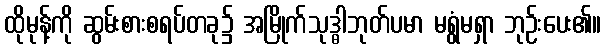
ထိုမုန့်ကို ဆွမ်းစားစရပ်တခု၌ အမြိုက်သုဒ္ဓါဘုတ်ပမာ မရွံမရှာ ဘုဉ်းပေး၏။